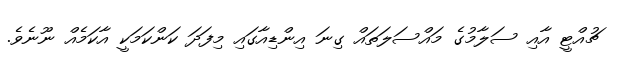
ޗުއްޓީ އާއި ސަލާމުގެ މައްސަލަތައް ގިނަ އިންޑިއާގައި މިފަދަ ކަންކަމަކީ އާކަމެއް ނޫނެވެ.